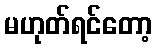
မဟုတ်ရင်တော့